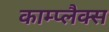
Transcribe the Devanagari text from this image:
काम्प्लैक्स